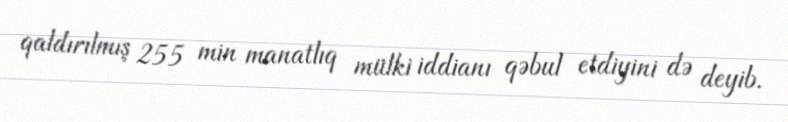
qaldırılmış 255 min manatlıq mülki iddianı qəbul etdiyini də deyib.